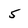
Character: 5